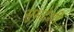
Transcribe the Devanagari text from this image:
सुभद्रेशी